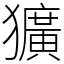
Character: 獷